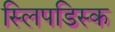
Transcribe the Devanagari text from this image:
स्लिपडिस्क